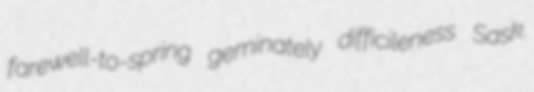
farewell-to-spring geminately difficileness Sask.